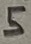
Text: 5